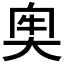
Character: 𡘠